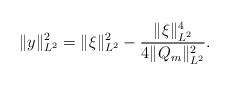
LaTeX: \begin{align*} \| y\|_{L^2}^2 = \| \xi\|_{L^2}^2 - \frac{\| \xi\|_{L^2}^4}{4 \| Q_m\|_{L^2}^2}. \end{align*}